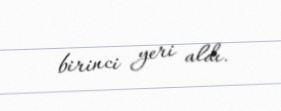
birinci yeri aldı.